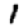
Digit: 1